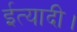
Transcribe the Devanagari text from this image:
ईत्यादी।